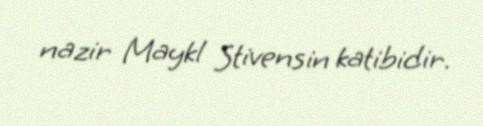
nazir Maykl Stivensin katibidir.